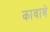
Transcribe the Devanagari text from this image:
कावाबे